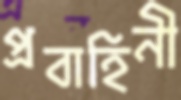
প্রবাহিনী